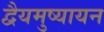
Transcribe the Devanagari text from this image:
द्वैयमुष्यायन